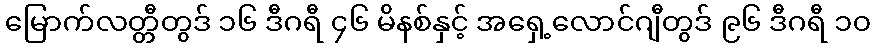
မြောက်လတ္တီတွဒ် ၁၆ ဒီဂရီ ၄၆ မိနစ်နှင့် အရှေ့လောင်ဂျီတွဒ် ၉၆ ဒီဂရီ ၁၀